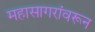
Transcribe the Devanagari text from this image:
महासागरांवरून